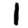
Digit: 1